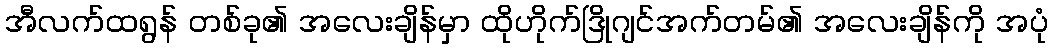
အီလက်ထရွန် တစ်ခု၏ အလေးချိန်မှာ ထိုဟိုက်ဒြိုဂျင်အက်တမ်၏ အလေးချိန်ကို အပုံ